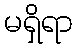
မရှိရာ